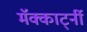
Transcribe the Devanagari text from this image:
मॅक्कार्ट्नी